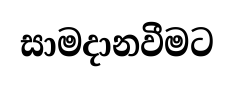
සාමදානවීමට